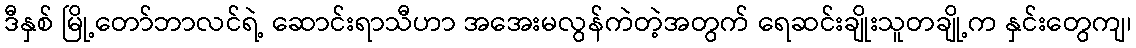
ဒီနှစ် မြို့တော်ဘာလင်ရဲ့ ဆောင်းရာသီဟာ အအေးမလွန်ကဲတဲ့အတွက် ရေဆင်းချိုးသူတချို့က နှင်းတွေကျ၊